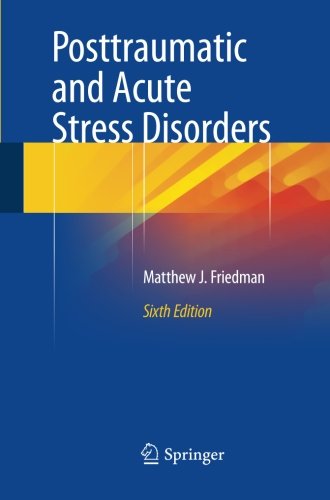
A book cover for Posttraumatic and Acute Stress Disorders; Matthew J. Friedman; Medical Books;